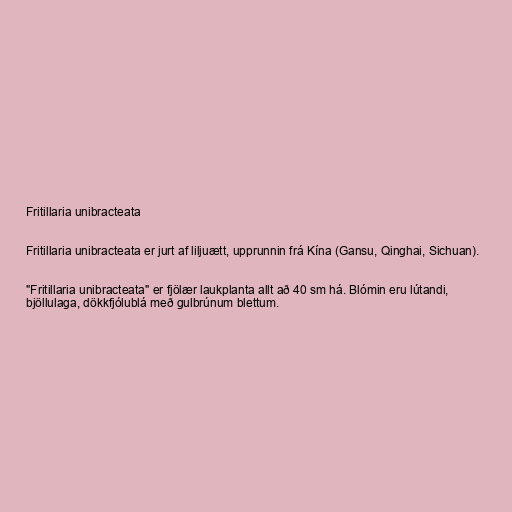
Fritillaria unibracteata

Fritillaria unibracteata er jurt af liljuætt, upprunnin frá Kína (Gansu, Qinghai, Sichuan).

"Fritillaria unibracteata" er fjölær laukplanta allt að 40 sm há. Blómin eru lútandi,
bjöllulaga, dökkfjólublá með gulbrúnum blettum.